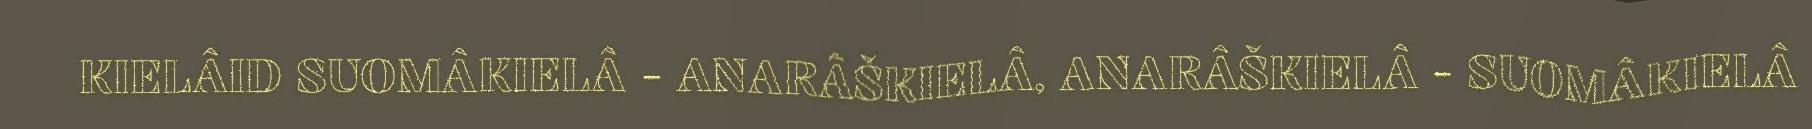
KIELÂID SUOMÂKIELÂ - ANARÂŠKIELÂ, ANARÂŠKIELÂ - SUOMÂKIELÂ